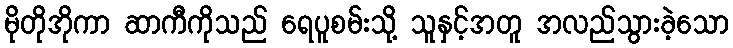
မိုတိုအိုကာ ဆာကီကိုသည် ရေပူစမ်းသို့ သူနှင့်အတူ အလည်သွားခဲ့သော